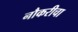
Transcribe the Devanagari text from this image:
नौकरीचा